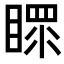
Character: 𥉀